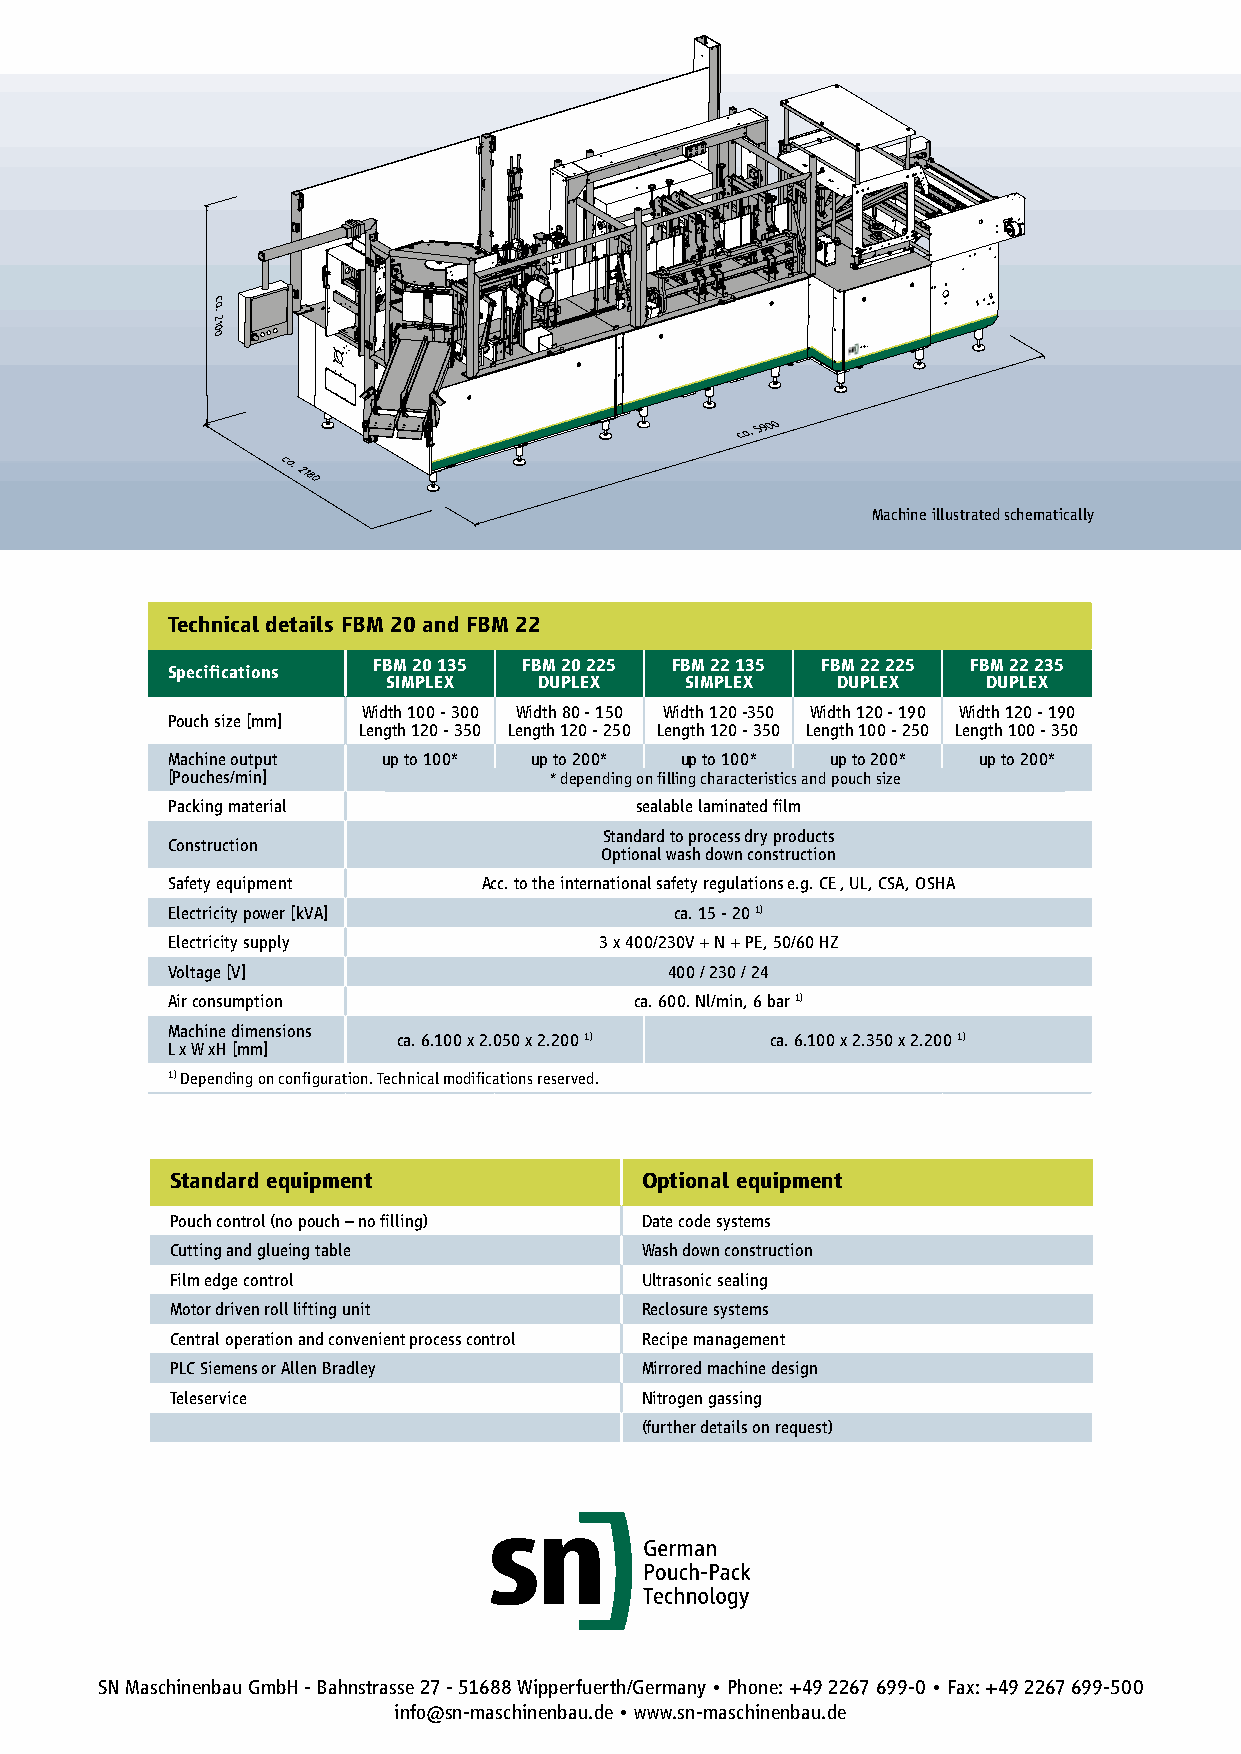
FBM 22
 Machine illustrated schematically
 Technical details FBM 20 and FBM 22
 FBM 20 135 FBM 20 225 FBM 22 135 FBM 22 225 FBM 22 235
 Specifications
 SIMPLEX   DUPLEX   SIMPLEX   DUPLEX    DUPLEX
 Width 100 - 300 Width 80 - 150 Width 120 -350 Width 120 - 190 Width 120 - 190
 Pouch size [mm]
 Length 120 - 350 Length 120 - 250 Length 120 - 350 Length 100 - 250 Length 100 - 350
 Machine output up to 100* up to 200* up to 100* up to 200* up to 200*
 [Pouches/min]            * depending on filling characteristics and pouch size
 Packing material               sealable laminated film
 Standard to process dry products
 Construction
 Optional wash down construction
 Safety equipment     Acc. to the international safety regulations e.g. CE , UL, CSA, OSHA
 Electricity power [kVA]           ca. 15 - 20 1)
 Electricity supply           3 x 400/230V + N + PE, 50/60 HZ
 Voltage [V]                      400 / 230 / 24
 Air consumption                ca. 600. Nl/min, 6 bar 1)
 Machine dimensions
 ca. 6.100 x 2.050 x 2.200 1) ca. 6.100 x 2.350 x 2.200 1)
 L x W xH [mm]
 1) Depending on configuration. Technical modifications reserved.
 Standard equipment             Optional equipment
 Pouch control (no pouch – no filling) Date code systems
 Cutting and glueing table      Wash down construction
 Film edge control              Ultrasonic sealing
 Motor driven roll lifting unit Reclosure systems
 Central operation and convenient process control Recipe management
 PLC Siemens or Allen Bradley   Mirrored machine design
 Teleservice                    Nitrogen gassing
 (further details on request)
 SN Maschinenbau GmbH - Bahnstrasse 27 - 51688 Wipperfuerth/Germany • Phone: +49 2267 699-0 • Fax: +49 2267 699-500
 info@sn-maschinenbau.de • www.sn-maschinenbau.de